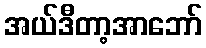
အယ်ဒီတာ့အာဘော်